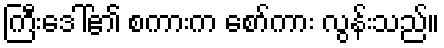
ကြီးဒေါ်၏ စကားက စော်ကား လွန်းသည်။